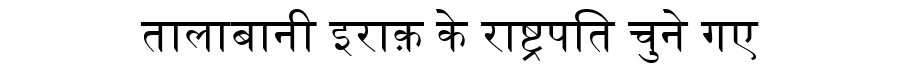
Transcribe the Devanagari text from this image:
तालाबानी इराक़ के राष्ट्रपति चुने गए